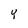
Character: Y